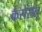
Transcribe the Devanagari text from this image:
कैसेसलू